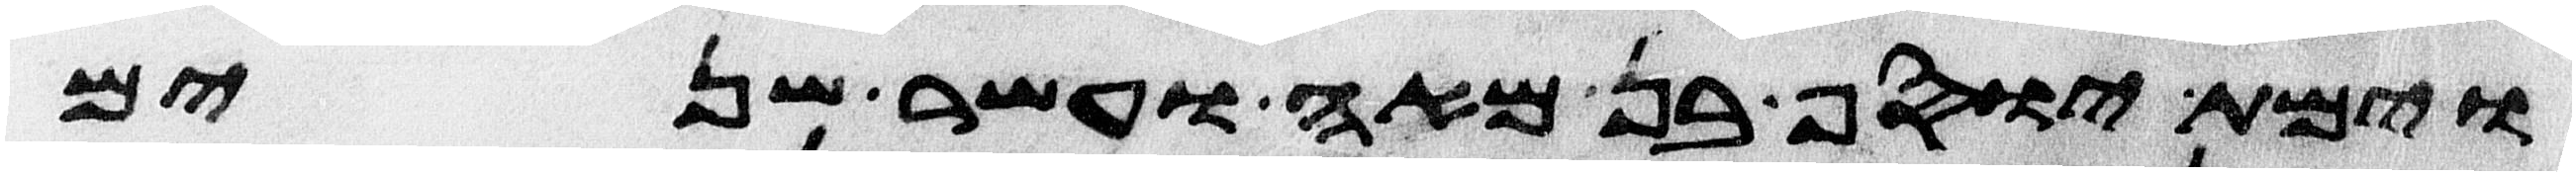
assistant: וימת יוסף בן מאה ועשר שנים